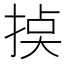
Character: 𢮸